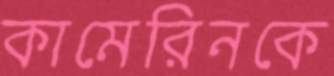
কামেরিনকে